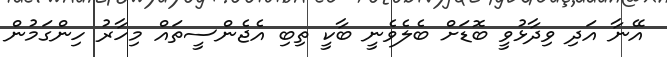
އޭނާ އަދި ވިދާޅުވީ ބޮޑަށް ބެލެވެނީ ބާކީ ތިބި އެޖެންސީތައް މިހާރު ހިންގަމުން